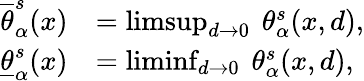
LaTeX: \begin{array}{rl}{\overline{{\theta}}_{\alpha}^{s}(x)}&{=\operatorname*{limsup}_{d\rightarrow 0}\mathrm{~}\theta_{\alpha}^{s}(x,d),}\\ {\underline{{\theta}}_{\alpha}^{s}(x)}&{=\operatorname*{liminf}_{d\rightarrow 0}\mathrm{~}\theta_{\alpha}^{s}(x,d),}\end{array}